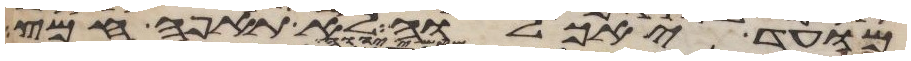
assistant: מועד יאכלוה לא תאפה חמץ